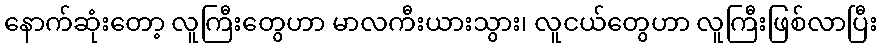
နောက်ဆုံးတော့ လူကြီးတွေဟာ မာလကီးယားသွား၊ လူငယ်တွေဟာ လူကြီးဖြစ်လာပြီး